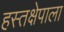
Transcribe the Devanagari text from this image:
हस्तक्षेपाला